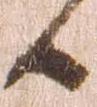
候